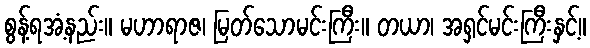
စွန့်ရအံ့နည်း။ မဟာရာဇ၊ မြတ်သောမင်းကြီး။ တယာ၊ အရှင်မင်းကြီးနှင့်။